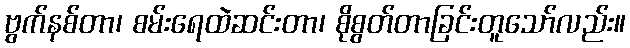
ဗွက်နစ်တာ၊ စမ်းရေထဲဆင်းတာ၊ စိုစွတ်တာခြင်းတူသော်လည်း။